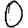
Digit: 0